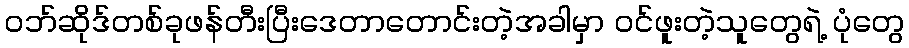
ဝဘ်ဆိုဒ်တစ်ခုဖန်တီးပြီးဒေတာတောင်းတဲ့အခါမှာ ဝင်ဖူးတဲ့သူတွေရဲ့ ပုံတွေ